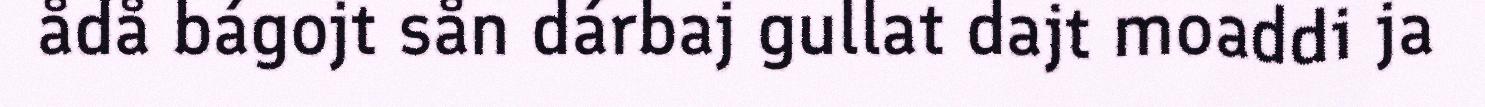
ådå bágojt sån dárbaj gullat dajt moaddi ja